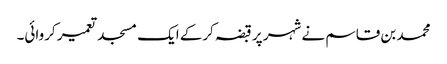
محمد بن قاسم نے شہر پر قبضہ کرکے ایک مسجد تعمیر کروائی۔